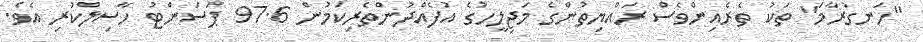
"ހަނގުރާމަ" ތަކު ތެރެއިންވެސް ރައްޔިތުންގެ މަޖިލީހުގެ އުފެއްދުންތެރިކަމުން 97.6 ޕަސަންޓު ހާސިލްކުރި އެވެ.